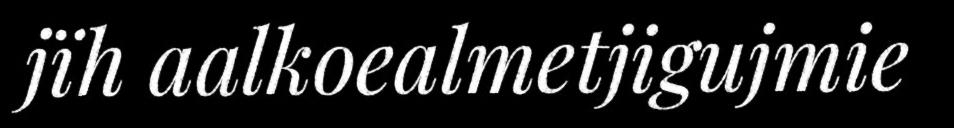
jïh aalkoealmetjigujmie